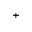
^ +